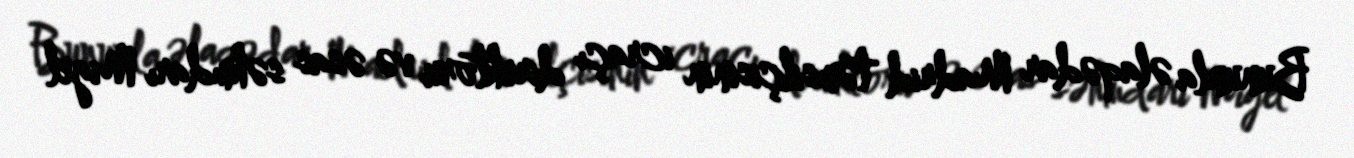
Bununla əlaqədar Madrid təmsilçisinin icraçı direktoru və əsas səhmdarı Migel